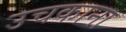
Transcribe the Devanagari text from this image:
उचकाना